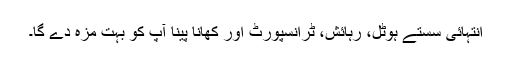
انتہائی سستے ہوٹل، رہائش، ٹرانسپورٹ اور کھانا پینا آپ کو بہت مزہ دے گا۔